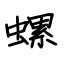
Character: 螺